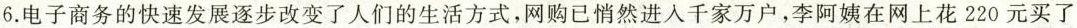
6.电子商务的快速发展逐步改变了人们的生活方式，网购已悄然进入千家万户，李阿姨在网上花220元买了